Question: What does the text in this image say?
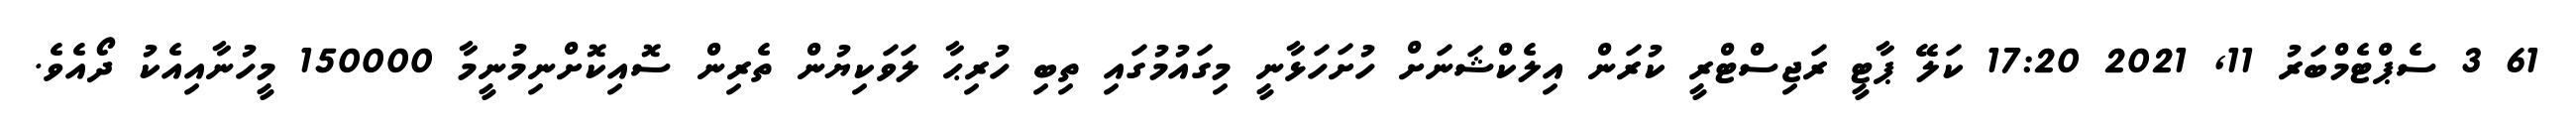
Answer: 61 3 ސެޕްޓެމްބަރު 11, 2021 17:20 ކަލޭ ޕާޓީ ރަޖިސްޓްރީ ކުރަން އިލެކްޝަނަށް ހުށަހަޅާނީ މިގައުމުގައި ތިބި ހުރިޙާ ލަވަކިޔުން ތެރިން ސޮއިކޮށްނިމުނީމާ 150000 މީހުނާއިއެކު ދޯއެވެ.